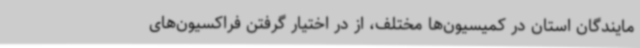
مایندگان استان در کمیسیون‌ها مختلف، از در اختیار گرفتن فراکسیون‌های